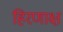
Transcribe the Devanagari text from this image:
हिरणाक्ष